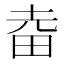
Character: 𤱒